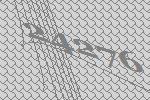
24276